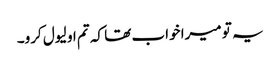
یہ تو میرا خواب تھا کہ تم او لیول کرو۔